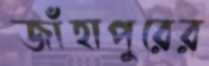
জাঁহাপুরের